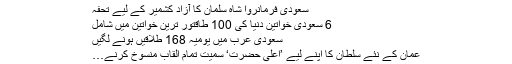
سعودی فرمانروا شاہ سلمان کا آزاد کشمیر کے لیے تحفہ
6 سعودی خواتین دنیا کی 100 طاقتور ترین خواتین میں شامل
سعودی عرب میں یومیہ 168 طلاقیں ہونے لگیں
عمان کے نئے سلطان کا اپنے لیے ’اعلیٰ حضرت‘ سمیت تمام القاب منسوخ کرنے…